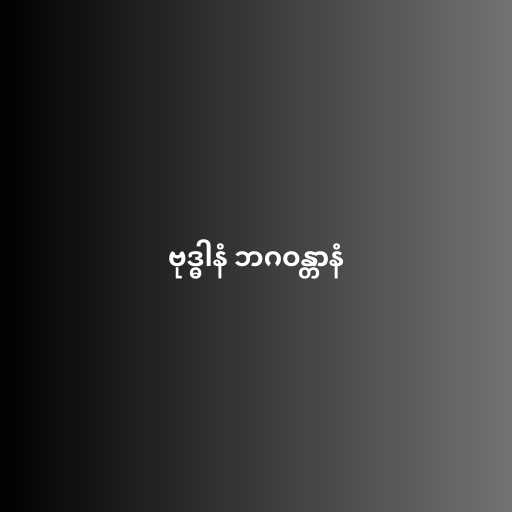
ဗုဒ္ဓါနံ ဘဂဝန္တာနံ